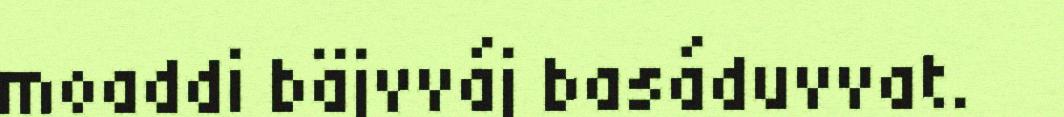
moaddi bäjvváj basáduvvat.